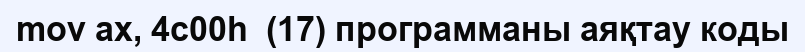
mov ax, 4c00h  (17) программаны аяқтау коды